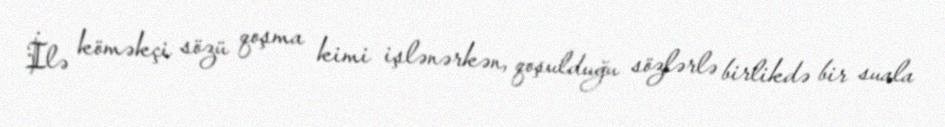
İlə köməkçi sözü qoşma kimi işlənərkən, qoşulduğu sözlərlə birlikdə bir suala